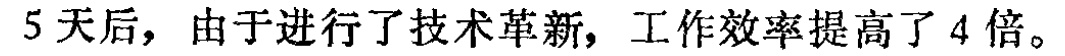
5天后，由于进行了技术革新，工作效率提高了4倍。